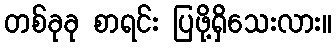
တစ်ခုခု စာရင်း ပြဖို့ရှိသေးလား။